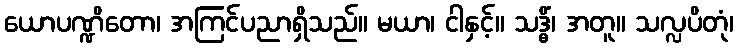
ယောပဏ္ဍိတော၊ အကြင်ပညာရှိသည်။ မယာ၊ ငါနှင့်။ သဒ္ဓိံ၊ အတူ။ သလ္လပိတုံ၊